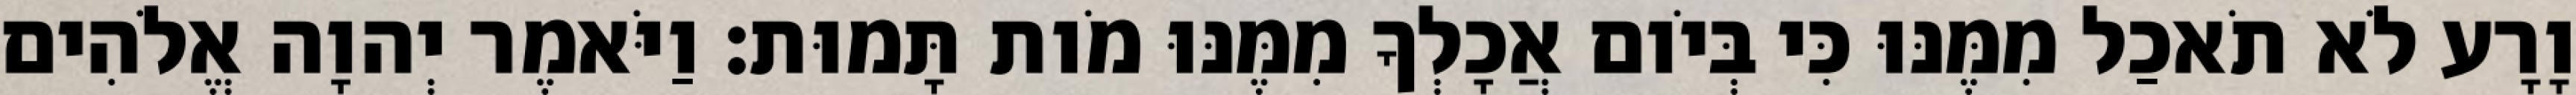
וָרָע לֹא תֹאכַל מִמֶּנּוּ כִּי בְּיֹום אֲכָלְךָ מִמֶּנּוּ מֹות תָּמוּת׃ וַיֹּאמֶר יְהוָה אֱלֹהִים